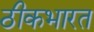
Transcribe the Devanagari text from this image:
ठीकभारत